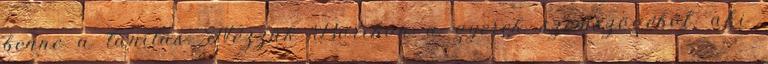
benne a tanítás. Nézzük Boribon a gyerek szemszögéből, aki